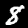
Label: 8